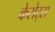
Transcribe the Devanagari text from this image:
केसेट्स